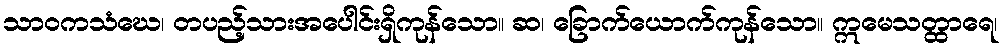
သာဝကသံဃေ၊ တပည့်သားအပေါင်းရှိကုန်သော။ ဆ၊ ခြောက်ယောက်ကုန်သော။ ဣမေသတ္ထာရေ၊